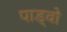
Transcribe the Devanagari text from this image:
पाड्वो